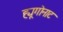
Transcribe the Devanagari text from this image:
ह्यूगोनाट